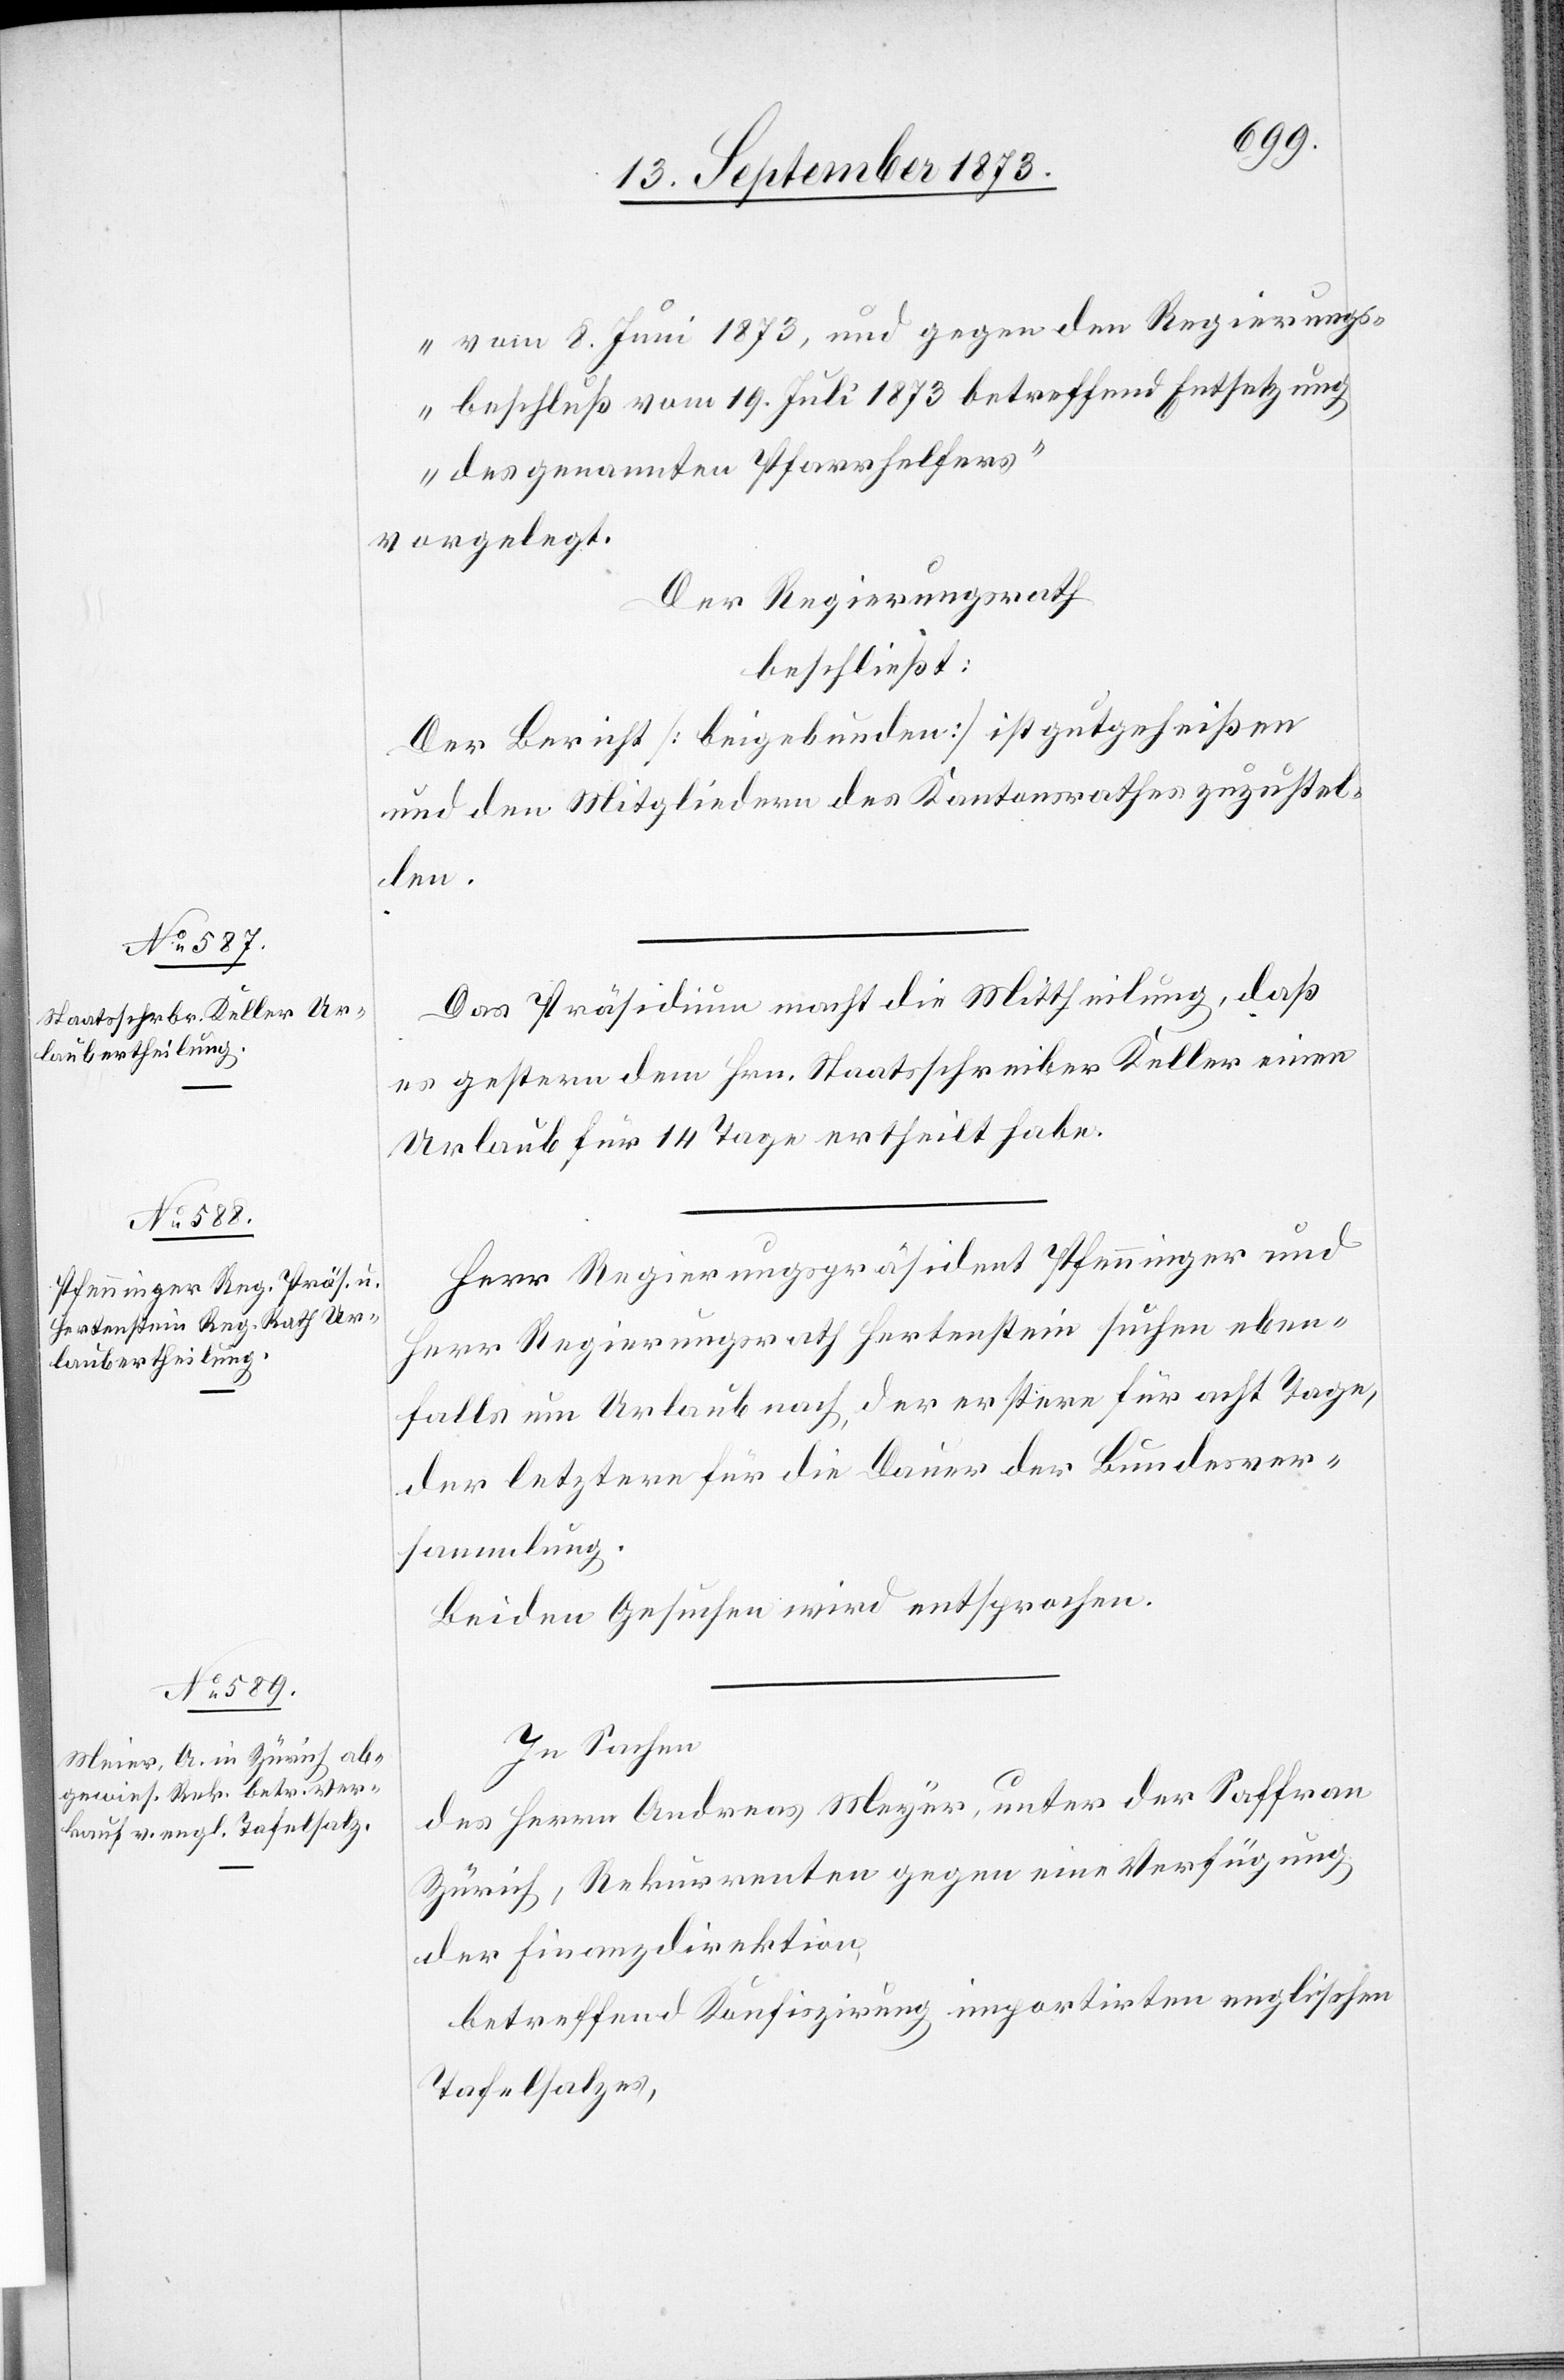
vom 8. Juni 1873 gegen den Regierungs¬
beschluß vom 19. Juli 1873 betreffend Entsetzung
des genannten Pfarrhelfers“
vorgelegt.
Der Regierungsrath
beschließt:
Der Bericht [beigebunden] ist gutgeheißen
und den Mitgliedern des Kantonsrathes zuzustel¬
len.
Das Präsidium macht die Mittheilung, daß
es gestern dem Hrn. Staatsschreiber Keller einen
Urlaub für 14 Tage ertheilt habe.
Herr Regierungspräsident Pfenninger und
Herr Regierungsrath Hertenstein suchen eben¬
falls um Urlaub nach, der erstere für acht Tage,
der letztere für die Dauer der Bundesver¬
sammlung.
Beiden Gesuchen wird entsprochen.
In Sachen
des Herrn Andreas Meyer, unter der Saffran
Zürich, Rekurrenten gegen eine Verfügung
der Finanzdirektion,
betreffend Konfiszirung importirten englischen
Tafelsalzes,